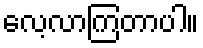
လေ့လာကြတာပါ။